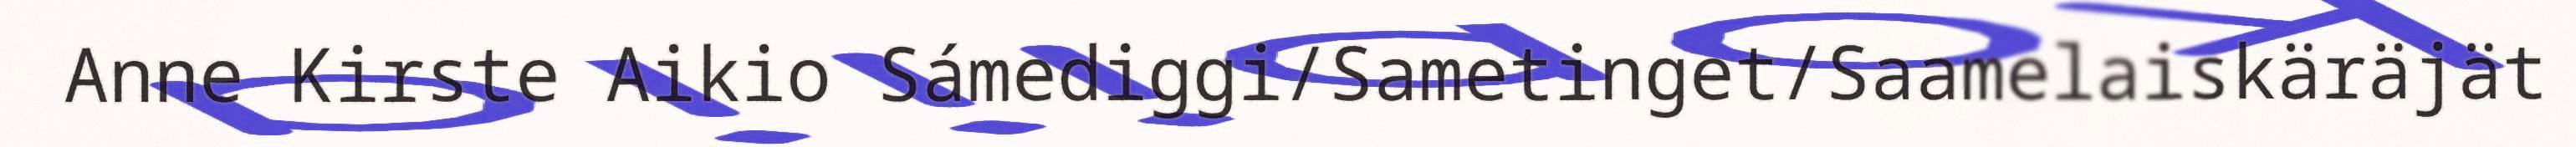
Anne Kirste Aikio Sámediggi/Sametinget/Saamelaiskäräjät